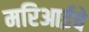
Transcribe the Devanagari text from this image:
मरिआईचे